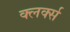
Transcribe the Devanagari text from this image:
क्लर्क्स